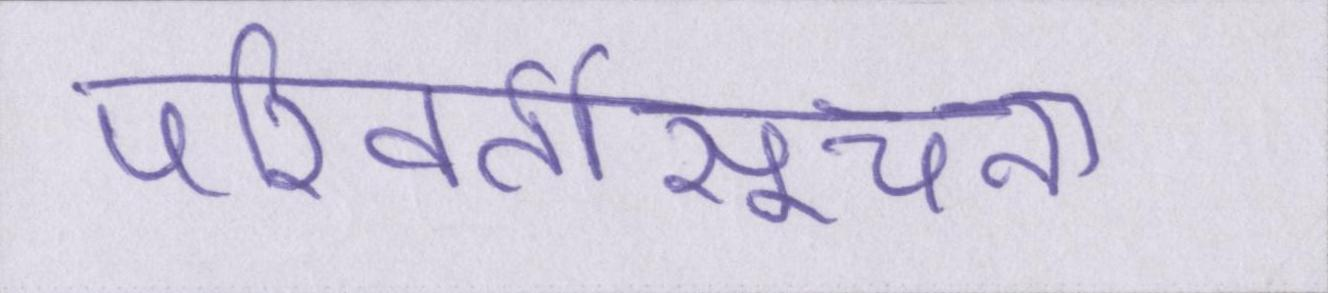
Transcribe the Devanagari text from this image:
परिवर्तीसूचना